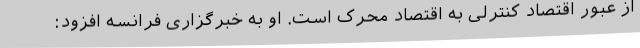
از عبور اقتصاد کنترلی به اقتصاد محرک است. او به خبرگزاری فرانسه افزود: